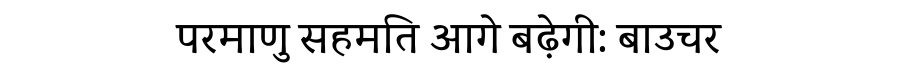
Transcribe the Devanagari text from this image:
परमाणु सहमति आगे बढ़ेगी: बाउचर